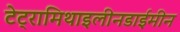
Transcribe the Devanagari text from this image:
टेट्रामिथाइलीनडाईमीन